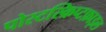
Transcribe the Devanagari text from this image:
पोस्टस्क्रिप्टफ़ाइल